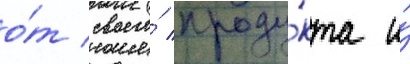
о́т своего́ проду́кта и́